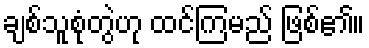
ချစ်သူစုံတွဲဟု ထင်ကြမည် ဖြစ်၏။